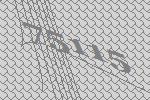
75115